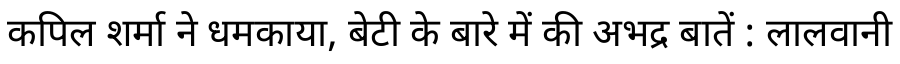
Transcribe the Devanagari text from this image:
कपिल शर्मा ने धमकाया, बेटी के बारे में की अभद्र बातें : लालवानी